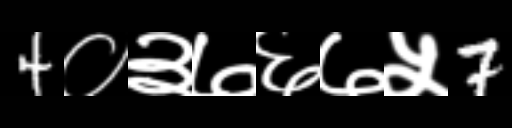
Text: 4०३७६७५7